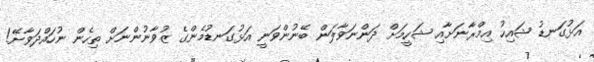
އަޅުގަނޑު ޝައިހު އިމްރާނަށާއި ޝަހީމަށް ދަންނަވާލަން ބޭނުންވަނީ އަޅުގަނޑުމެންގެ ޒުވާނުންނަށް ތިހެން ނުހައްދަވާށޭ!